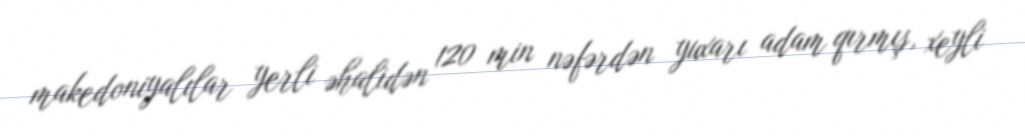
makedoniyalılar yerli əhalidən 120 min nəfərdən yuxarı adam qırmış, xeyli